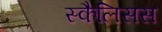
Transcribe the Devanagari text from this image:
स्कैलिसस